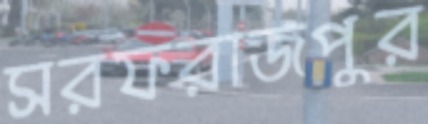
সরফরাজপুর